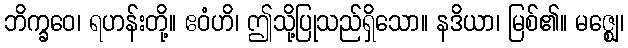
ဘိက္ခဝေ၊ ရဟန်းတို့။ ဧဝံဟိ၊ ဤသို့ပြုသည်ရှိသော။ နဒိယာ၊ မြစ်၏။ မဇ္ဈေ၊